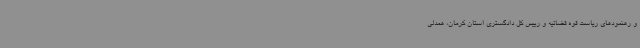
و رهنمودهای ریاست قوه قضائیه و رییس کل دادگستری استان کرمان، همدلی